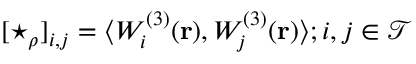
[ \star _ { \rho } ] _ { i , j } = \langle W _ { i } ^ { ( 3 ) } ( \mathbf { r } ) , W _ { j } ^ { ( 3 ) } ( \mathbf { r } ) \rangle ; i , j \in \mathcal { T }